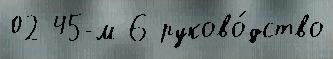
02 45-м 6 руково́дство